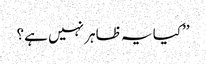
’’کیا یہ ظاہر نہیں ہے؟